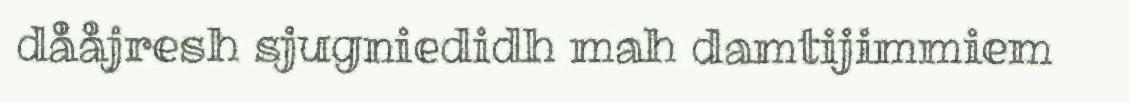
dååjresh sjugniedidh mah damtijimmiem